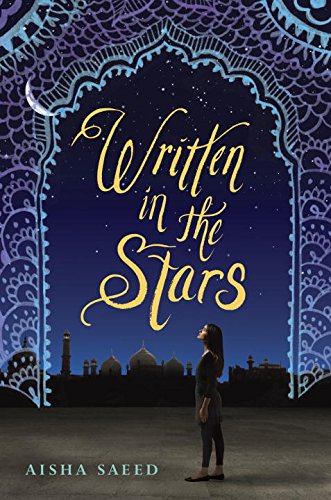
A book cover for Written in the Stars; Aisha Saeed; Self-Help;